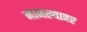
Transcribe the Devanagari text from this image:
मामल्यावर